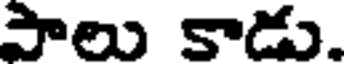
పాలు కాడు.